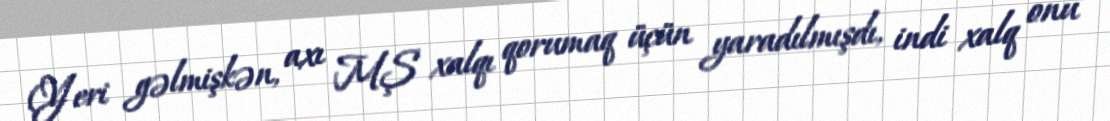
(Yeri gəlmişkən, axı MŞ xalqı qorumaq üçün yaradılmışdı, indi xalq onu